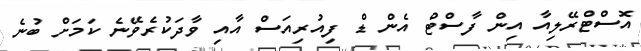
އޮސްޓްރޭލިއާ އިން ފާސްޓް އެން ޑް ފިއުރިއަސް އާއި ވާދަކުރެވޭނެ ކަމަށް ބުނެ